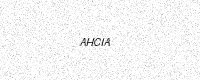
Text: AHCIA